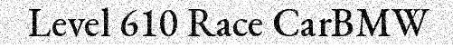
Level 610 Race CarBMW